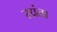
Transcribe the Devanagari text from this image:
रध्रंता